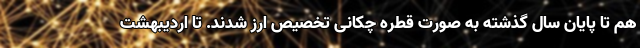
هم تا پایان سال گذشته به صورت قطره چکانی تخصیص ارز شدند. تا اردیبهشت